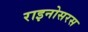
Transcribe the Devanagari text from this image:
राइनोसरस